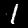
Label: 1